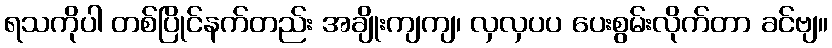
ရသကိုပါ တစ်ပြိုင်နက်တည်း အချိုးကျကျ၊ လှလှပပ ပေးစွမ်းလိုက်တာ ခင်ဗျ။